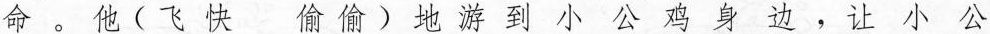
命 。 他 ( 飞 快 偷 偷 ) 地 游 到 小 公 鸡 身 边 ， 让 小 公